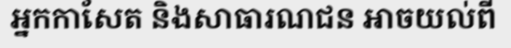
អ្នកកាសែត និងសាធារណជន អាចយល់ពី